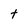
Character: t